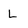
Character: L